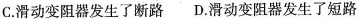
C.滑动变阻器发生了断路D.滑动变阻器发生了短路